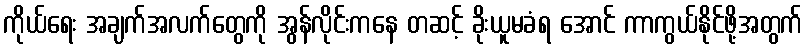
ကိုယ်ရေး အချက်အလက်တွေကို အွန်လိုင်းကနေ တဆင့် ခိုးယူမခံရ အောင် ကာကွယ်နိုင်ဖို့အတွက်